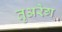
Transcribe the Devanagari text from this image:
तुअरेग